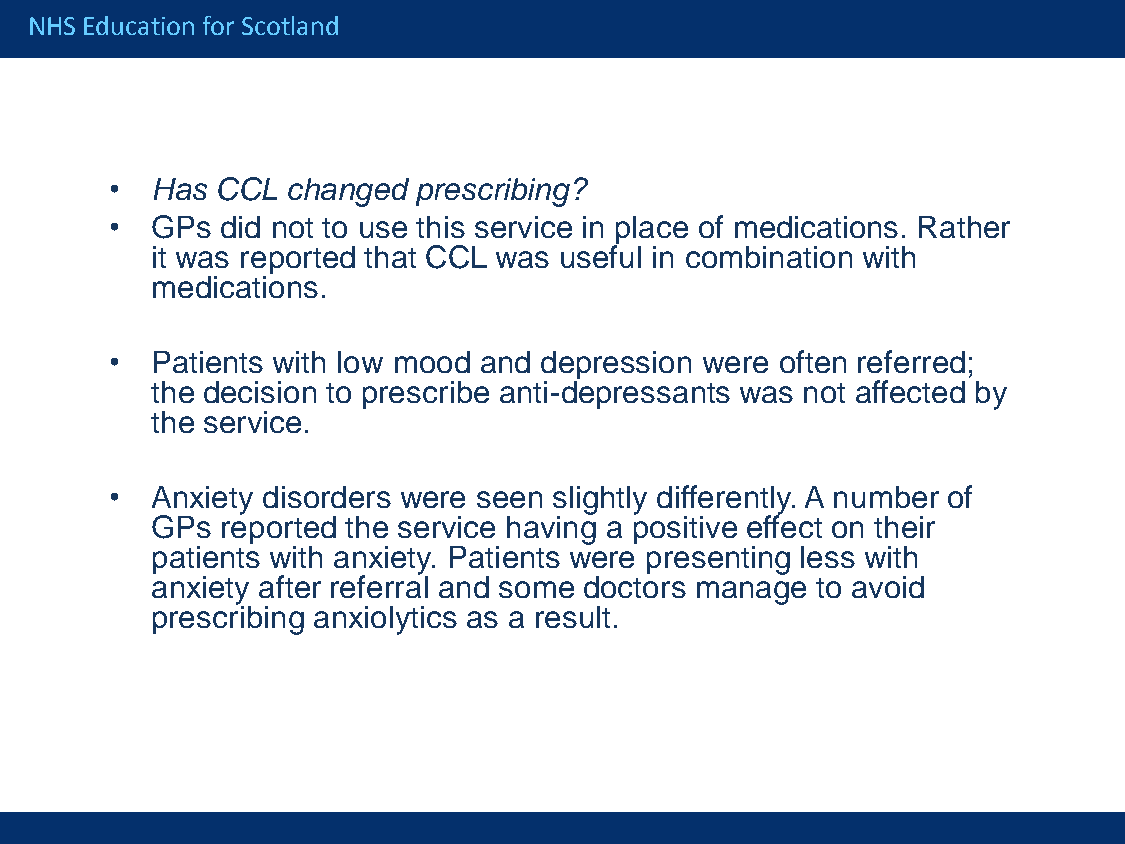
NHS Education for Scotland
 •  Has CCL  changed prescribing?
 •  GPs  did not to use this service in place of medications. Rather
 it was reported that CCL was useful in combination with
 medications.
 •  Patients with low mood and depression were often referred;
 the decision to prescribe anti-depressants was not affected by
 the service.
 •  Anxiety disorders were seen slightly differently. A number of
 GPs  reported the service having a positive effect on their
 patients with anxiety. Patients were presenting less with
 anxiety after referral and some doctors manage to avoid
 prescribing anxiolytics as a result.